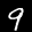
Label: 9